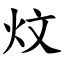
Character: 炆